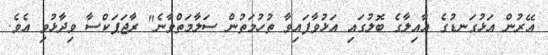
އޭރުން އަޅުގަނޑުގެ އާއިލާގެ ބޮލުގައި އަޅުވާފައިވާ ތުހުމަތުން ސަލާމަތްވާނެ" ރާޖަޕަކްސާ ވިދާޅުވި އެވެ.